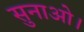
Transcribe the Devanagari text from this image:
सुनाओ।